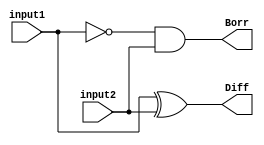
module halfsubtractor_structural(Diff, Borr, input1, input2);

  input input1, input2;
  output Diff, Borr;
  wire Ninput1;
  //Structural
  xor g1(Diff, input1, input2); 
  not (Ninput1, input1);
  and (Borr, Ninput1, input2);

endmodule

module halfsubtractor_test;

  //inputs
  reg input1;
  reg input2;

  //outputs
  wire Diff;
  wire Borr;

  //instantiat unit under test
  halfsubtractor_structural ha ( .Diff(sum), .Borr(carry), .input1(input1), .input2(input2));

  initial begin

    {input1, input2} = 1'b0;
    #2 input1 = 1'b0 ; input2 = 1'b1;
    #2 input1 = 1'b1 ; input2 = 1'b0;
    #2 {input1, input2} = 1'b1;
  
  end

  initial begin
    $dumpfile("halfsubtractor_structural.vcd");
    $dumpvars(0, halfsubtractor_test);
    $monitor("time=%g, Diff=%b, Borr=%b, input1=%b, input1=%b", $time, Diff, Borr, input1, input2);
  end
  initial #10 $finish; 

endmodule